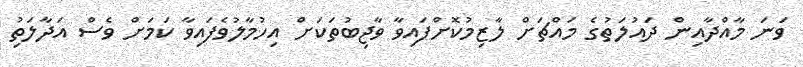
ވަނަ މާއްދާއިން ދައުލަތުގެ މައްޗަށް ލާޒިމުކޮށްފައިވާ ވާޖިބުތަކަށް އިހުމާލުވެފައިވާ ކަމަށް ވެސް އަދާލަތުި